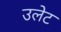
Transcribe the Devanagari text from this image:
उलेट